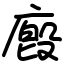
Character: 廏